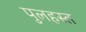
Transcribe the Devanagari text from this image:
पुलहस्त